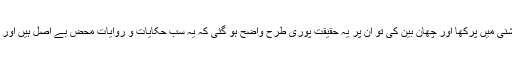
متاخرین علماء نے جب انہیں کتاب و سنت اور عقل سلیم کی روشنی میں پرکھا اور چھان بین کی تو ان پر یہ حقیقت پوری طرح واضح ہو گئی کہ یہ سب حکایات و روایات محض بے اصل ہیں اور اہل کتاب کے افتراء اور بہتان کے سوا ان کی کوئی حقیقت نہیں۔